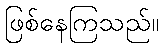
ဖြစ်နေကြသည်။